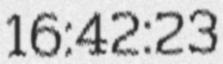
16:42:23